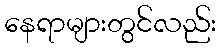
နေရာများတွင်လည်း